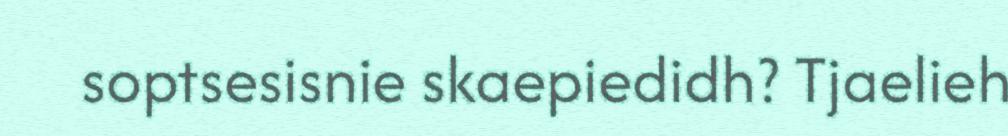
soptsesisnie skaepiedidh? Tjaelieh